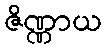
ဇိဏ္ဏာယ